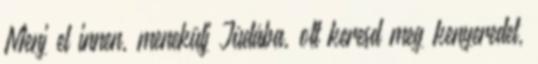
Menj el innen, menekülj Júdába, ott keresd meg kenyeredet,